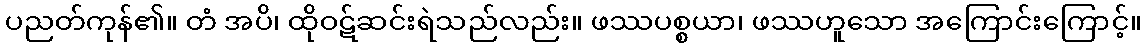
ပညတ်ကုန်၏။ တံ အပိ၊ ထိုဝဋ်ဆင်းရဲသည်လည်း။ ဖဿပစ္စယာ၊ ဖဿဟူသော အကြောင်းကြောင့်။